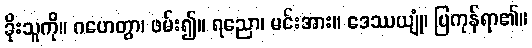
ခိုးသူကို။ ဂဟေတွာ၊ ဖမ်း၍။ ရညော၊ မင်းအား။ ဒေဿယျုံ၊ ပြကုန်ရာ၏။